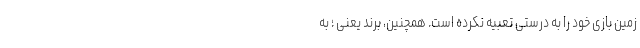
زمین بازی خود را به درستی تعبیه نکرده است. همچنین، برند یعنی ؛ به